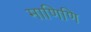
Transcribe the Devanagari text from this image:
माणिणि